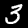
Label: 3